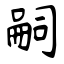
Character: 嗣